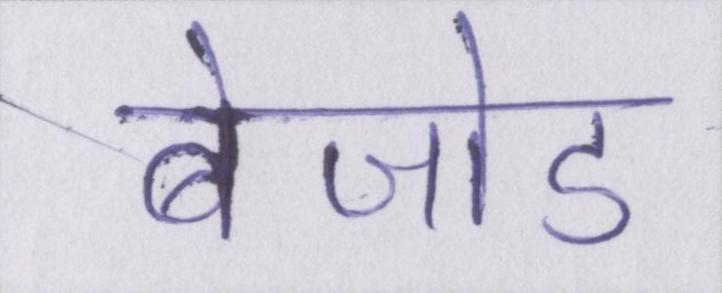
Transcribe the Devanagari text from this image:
बेजोड